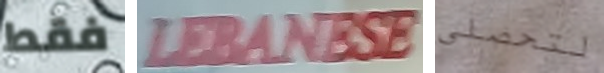
فقط LEBANESE لتحصلي